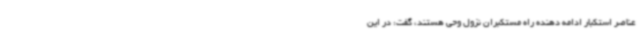
عناصر استکبار ادامه دهنده راه مستکبران نزول وحی هستند، گفت: در این